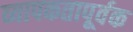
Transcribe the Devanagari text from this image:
व्यापकतापूर्वक